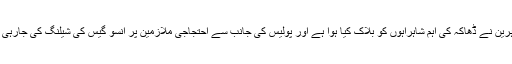
مظاہرین نے ڈھاکہ کی اہم شاہراہوں کو بلاک کیا ہوا ہے اور پولیس کی جانب سے احتجاجی ملازمین پر آنسو گیس کی شیلنگ کی جارہی ہے۔